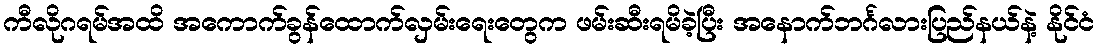
ကီလိုဂရမ်အထိ အကောက်ခွန်ထောက်လှမ်းရေးတွေက ဖမ်းဆီးရမိခဲ့ပြီး အနောက်ဘင်္ဂလားပြည်နယ်နဲ့ နိုင်ငံ